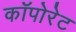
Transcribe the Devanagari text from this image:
कॉपोरेट